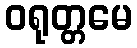
ဝရုတ္တမေ